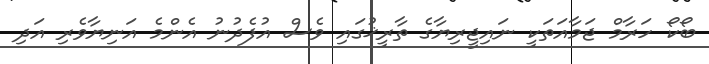
ބޯކޯ ހަރާމް ޖަމާއަތަކީ ނައިޖީރިޔާގެ ތާރީޚުގައި ވެސް އުފެދުނު އެންމެ އަނިޔާވެރި އަދި